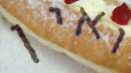
ואין